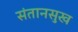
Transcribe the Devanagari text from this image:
संतानसुख